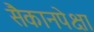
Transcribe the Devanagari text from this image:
सैकानपेक्षा